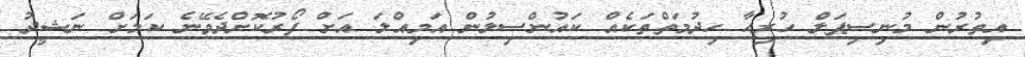
އިތުރުން މުނިސިޕަލް ހުރިހާ ހިދުމަތްތަކެއް ކައުންސިލުން އަމިއްލަ އަށް ފޯރުކޮށްދެވޭނެ ކަމަށް ނަޝީދު